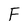
Character: F